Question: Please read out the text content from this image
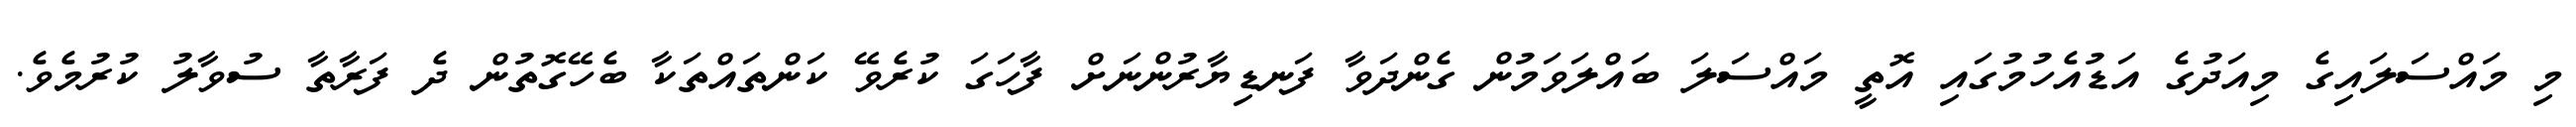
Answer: މި މައްސަލައިގެ މިއަދުގެ އަޑުއެހުމުގައި އޮތީ މައްސަލަ ބައްލަވަމުން ގެންދަވާ ފަނޑިޔާރުންނަށް ފާހަގަ ކުރެވޭ ކަންތައްތަކާ ބެހޭގޮތުން ދެ ފަރާތާ ސުވާލު ކުރުމެވެ.